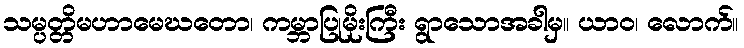
သမ္ပတ္တိမဟာမေဃတော၊ ကမ္ဘာပြုမိုးကြီး ရွာသောအခါမှ။ ယာဝ၊ လောက်။